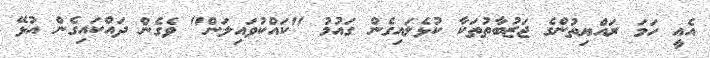
އެއީ ހަމަ ރައްޔިތުންގެ ޖަޒުބާތުތަކާ ކުޅެލައިގެން ގައުމު "ކައްކުވައިލަން" ވެގެން ދައްކައިގެން އުޅޭ